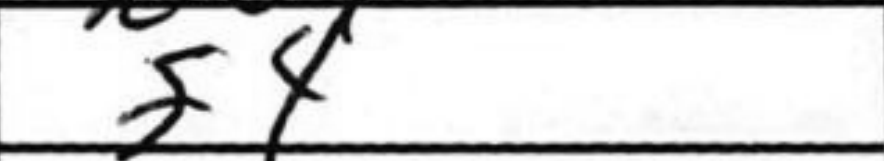
Transcription: f4